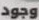
وجود